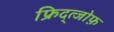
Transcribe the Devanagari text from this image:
फ्रिद्त्जोफ़